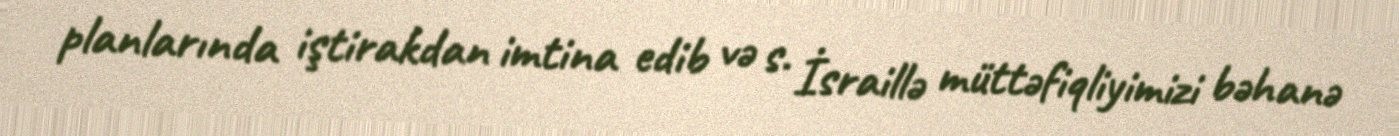
planlarında iştirakdan imtina edib və s. İsraillə müttəfiqliyimizi bəhanə